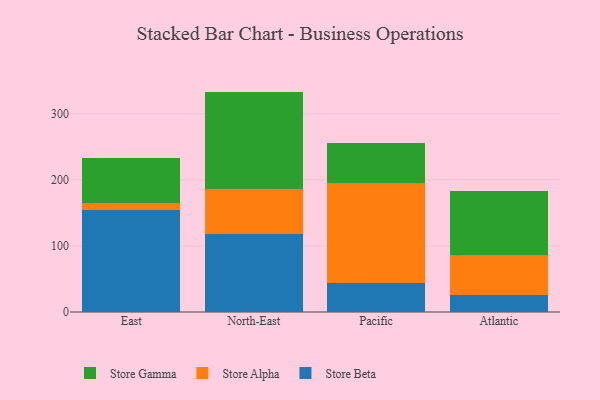
{"axis": {"x": "Region", "y": "Conversion Rate (%)"}, "legend": ["Store Alpha", "Store Beta", "Store Gamma"], "data": [{"x": "East", "y": 154.5, "type": "Store Beta"}, {"x": "East", "y": 11.1, "type": "Store Alpha"}, {"x": "East", "y": 68.1, "type": "Store Gamma"}, {"x": "North-East", "y": 118.3, "type": "Store Beta"}, {"x": "North-East", "y": 67.7, "type": "Store Alpha"}, {"x": "North-East", "y": 147.6, "type": "Store Gamma"}, {"x": "Pacific", "y": 44.5, "type": "Store Beta"}, {"x": "Pacific", "y": 151.0, "type": "Store Alpha"}, {"x": "Pacific", "y": 60.9, "type": "Store Gamma"}, {"x": "Atlantic", "y": 25.1, "type": "Store Beta"}, {"x": "Atlantic", "y": 61.9, "type": "Store Alpha"}, {"x": "Atlantic", "y": 96.8, "type": "Store Gamma"}]}